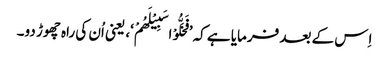
اِس کے بعد فرمایا ہے کہ ’فَخَلُّوْا سَبِیْلَھُمْ‘، یعنی اُن کی راہ چھوڑ دو۔